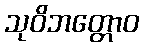
သုဝိဘတ္တောဝ